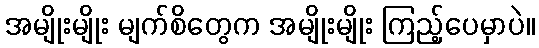
အမျိုးမျိုး မျက်စိတွေက အမျိုးမျိုး ကြည့်ပေမှာပဲ။